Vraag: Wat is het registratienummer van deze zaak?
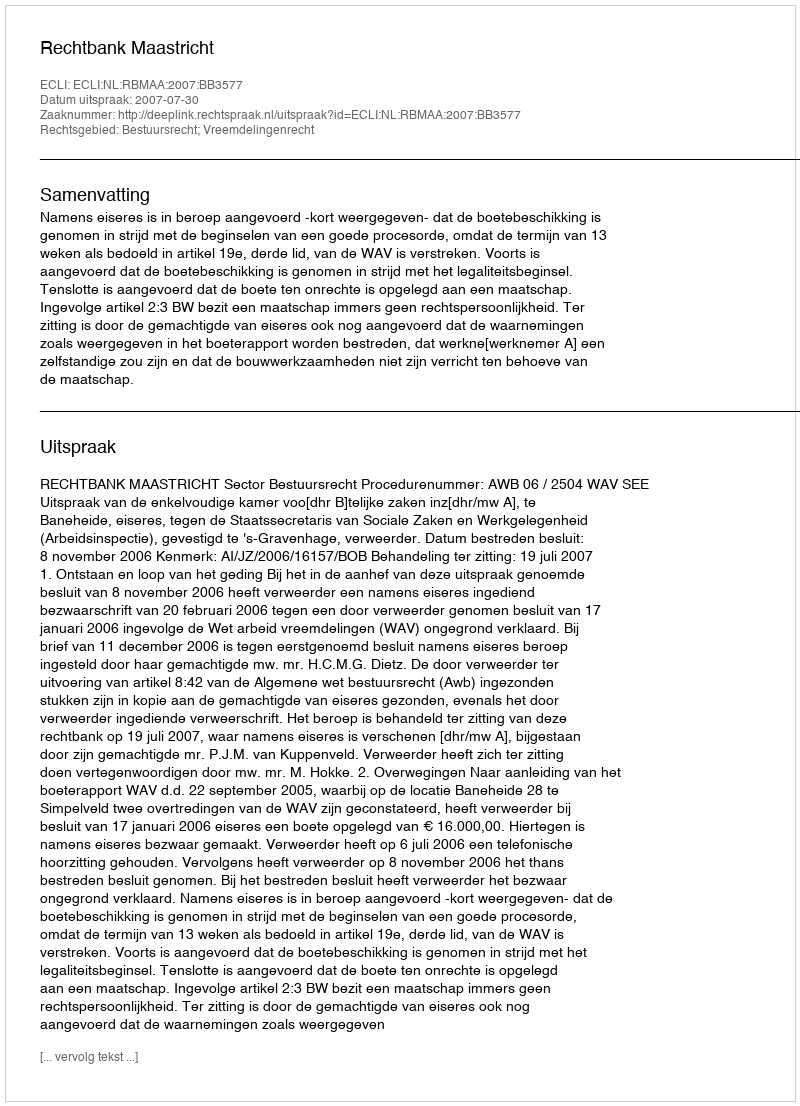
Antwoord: http://deeplink.rechtspraak.nl/uitspraak?id=ECLI:NL:RBMAA:2007:BB3577